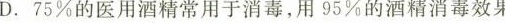
D.75%的医用酒精常用于消毒，用95%的酒精消毒效果